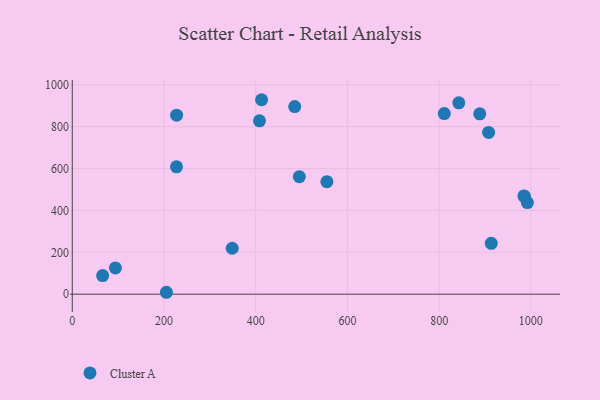
{"axis": {"x": "Ad Spend", "y": "Rating"}, "legend": ["Cluster A"], "data": [{"x": "842.9", "y": 913.9, "type": "Cluster A"}, {"x": "984.9", "y": 469.3, "type": "Cluster A"}, {"x": "555.2", "y": 537.2, "type": "Cluster A"}, {"x": "205.3", "y": 9.2, "type": "Cluster A"}, {"x": "495.1", "y": 561.4, "type": "Cluster A"}, {"x": "913.7", "y": 242.7, "type": "Cluster A"}, {"x": "985.9", "y": 467.4, "type": "Cluster A"}, {"x": "348.8", "y": 219.4, "type": "Cluster A"}, {"x": "907.9", "y": 772.5, "type": "Cluster A"}, {"x": "888.6", "y": 861.2, "type": "Cluster A"}, {"x": "227.3", "y": 608.1, "type": "Cluster A"}, {"x": "485.1", "y": 896.1, "type": "Cluster A"}, {"x": "66.2", "y": 88.9, "type": "Cluster A"}, {"x": "227.5", "y": 855.0, "type": "Cluster A"}, {"x": "94.1", "y": 125.3, "type": "Cluster A"}, {"x": "412.8", "y": 928.6, "type": "Cluster A"}, {"x": "408.2", "y": 827.9, "type": "Cluster A"}, {"x": "992.4", "y": 437.7, "type": "Cluster A"}, {"x": "811.2", "y": 862.6, "type": "Cluster A"}]}